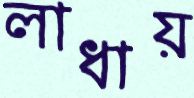
লাধায়